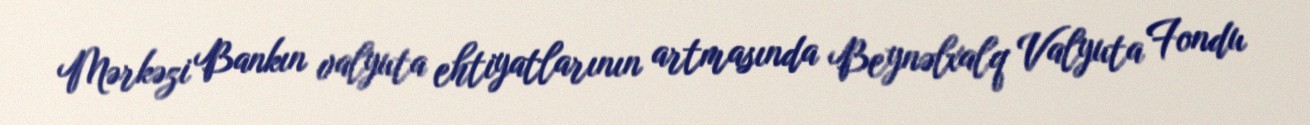
Mərkəzi Bankın valyuta ehtiyatlarının artmasında Beynəlxalq Valyuta Fondu